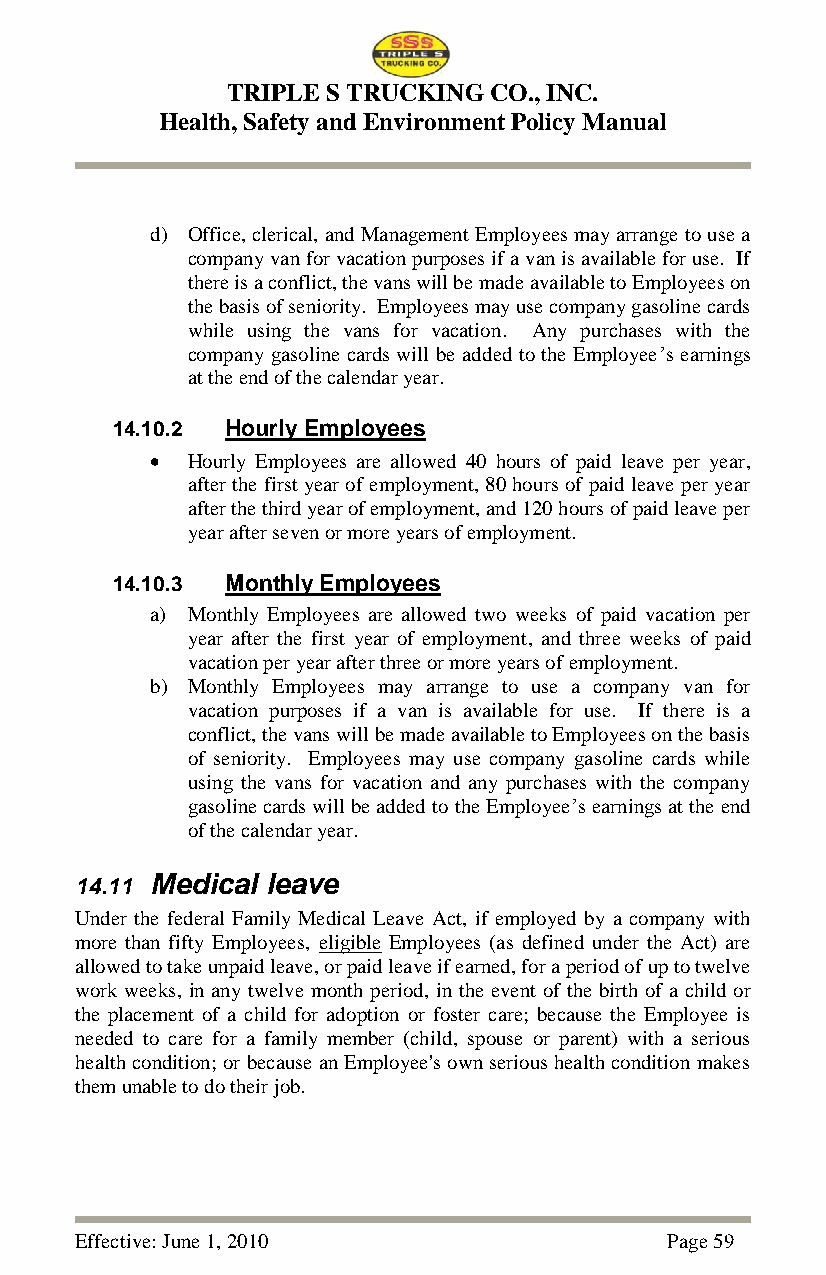
TRIPLE S TRUCKING CO., INC.
 Health, Safety and Environment Policy Manual
 d) Office, clerical, and Management Employees may arrange to use a
 company van for vacation purposes if a van is available for use. If
 there is a conflict, the vans will be made available to Employees on
 the basis of seniority. Employees may use company gasoline cards
 while using the vans for vacation. Any purchases with the
 company gasoline cards will be added to the Employee‘s earnings
 at the end of the calendar year.
 14.10.2 Hourly Employees
  Hourly Employees are allowed 40 hours of paid leave per year,
 after the first year of employment, 80 hours of paid leave per year
 after the third year of employment, and 120 hours of paid leave per
 year after seven or more years of employment.
 14.10.3 Monthly Employees
 a) Monthly Employees are allowed two weeks of paid vacation per
 year after the first year of employment, and three weeks of paid
 vacation per year after three or more years of employment.
 b) Monthly Employees may arrange to use a company van for
 vacation purposes if a van is available for use. If there is a
 conflict, the vans will be made available to Employees on the basis
 of seniority. Employees may use company gasoline cards while
 using the vans for vacation and any purchases with the company
 gasoline cards will be added to the Employee‘s earnings at the end
 of the calendar year.
 14.11 Medical leave
 Under the federal Family Medical Leave Act, if employed by a company with
 more than fifty Employees, eligible Employees (as defined under the Act) are
 allowed to take unpaid leave, or paid leave if earned, for a period of up to twelve
 work weeks, in any twelve month period, in the event of the birth of a child or
 the placement of a child for adoption or foster care; because the Employee is
 needed to care for a family member (child, spouse or parent) with a serious
 health condition; or because an Employee's own serious health condition makes
 them unable to do their job.
 Effective: June 1, 2010                Page 59